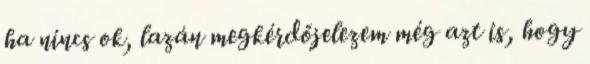
ha nincs ok, lazán megkérdőjelezem még azt is, hogy